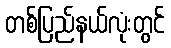
တစ်ပြည်နယ်လုံးတွင်